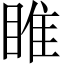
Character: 睢